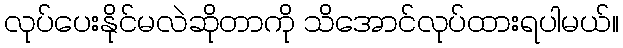
လုပ်ပေးနိုင်မလဲဆိုတာကို သိအောင်လုပ်ထားရပါမယ်။